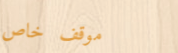
موقف خاص